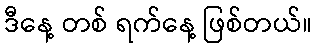
ဒီနေ့ တစ် ရက်နေ့ ဖြစ်တယ်။